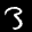
Label: 3